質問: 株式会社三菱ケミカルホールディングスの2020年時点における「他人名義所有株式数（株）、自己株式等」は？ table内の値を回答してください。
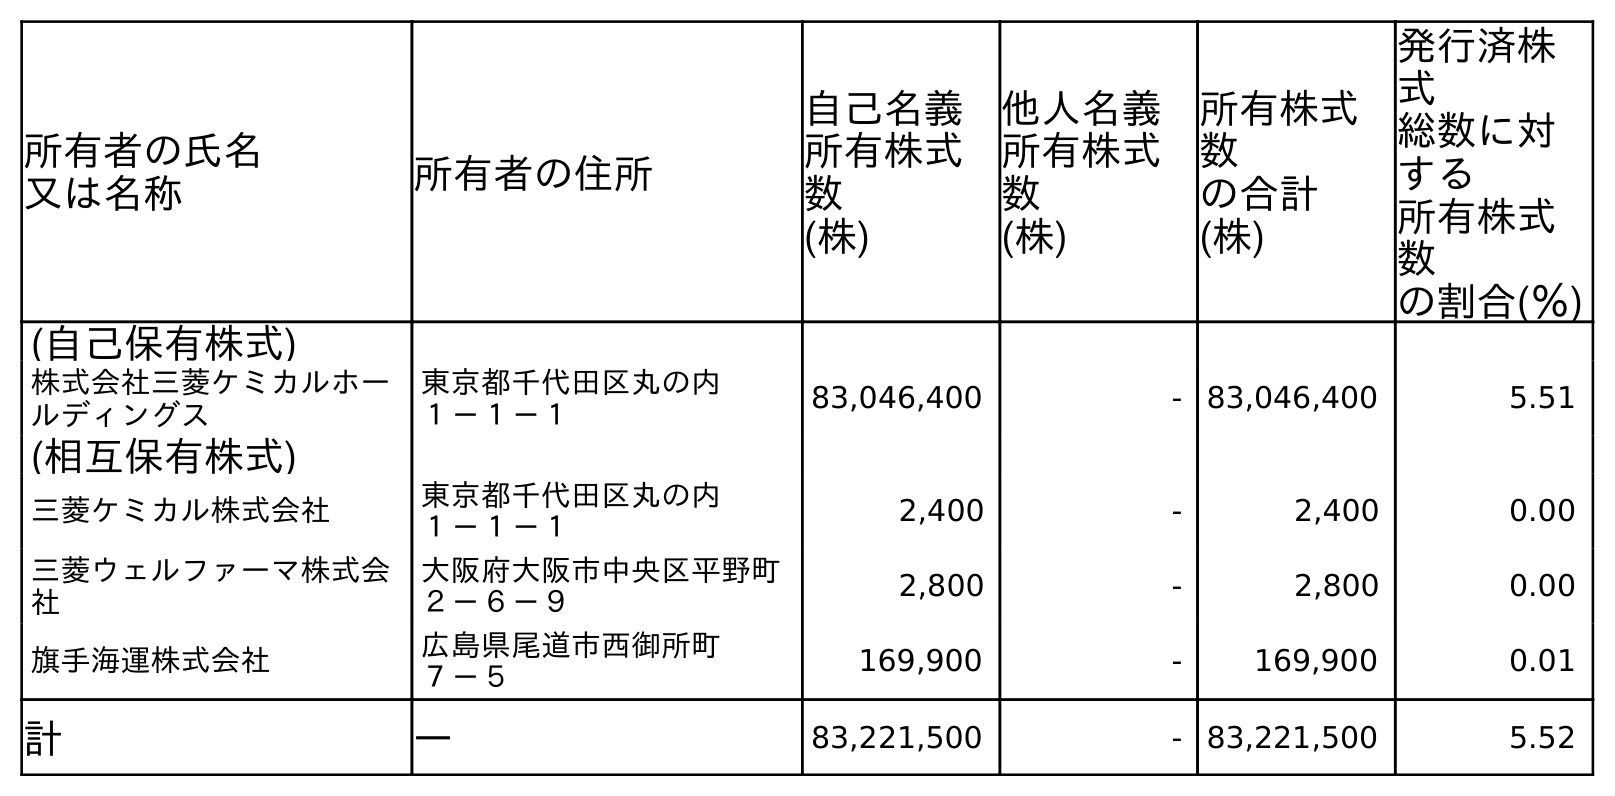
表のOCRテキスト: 所有者の氏名 又は名称 所有者の住所 自己名義 所有株式 数 (株) 他人名義 所有株式 数 (株) 所有株式 数 の合計 (株) 発行済株 式 総数に対 する 所有株式 数 の割合(％) (自己保有株式) 株式会社三菱ケミカルホー ルディングス 東京都千代田区丸の内 １－１－１ 83,046,400 - 83,046,400 5.51 (相互保有株式) 三菱ケミカル株式会社 東京都千代田区丸の内 １－１－１ 2,400 - 2,400 0.00 三菱ウェルファーマ株式会 社 大阪府大阪市中央区平野町 ２－６－９ 2,800 - 2,800 0.00 旗手海運株式会社 広島県尾道市西御所町 ７－５ 169,900 - 169,900 0.01 計 ― 83,221,500 - 83,221,500 5.52
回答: -